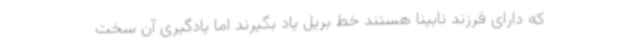
که دارای فرزند نابینا هستند خط بریل یاد بگیرند اما یادگیری آن سخت